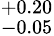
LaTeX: ^{+0.20}_{-0.05}